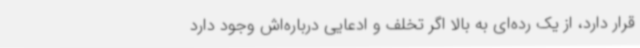
قرار دارد، از یک رده‌ای به بالا اگر تخلف و ادعایی درباره‌اش وجود دارد